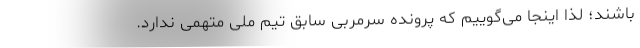
باشند؛ لذا اینجا می‌گوییم که پرونده سرمربی سابق تیم ملی متهمی ندارد.